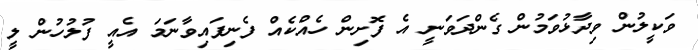
ވަކީލުން ވިދާޅުވަމުން ގެންދަވަނީ އެ ފޮށިން ހެއްކެއް ފެނިފައިވާނަމަ އެއީ ފުލުހުން ލީ